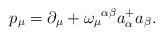
LaTeX: \begin{align*}p_\mu = \partial_\mu + \omega_\mu{}^{\alpha \beta}a^+_\alpha a_\beta.\end{align*}